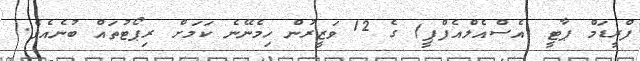
ފްރީޑަމް ޕާޓީ (އެސްއެލްއެފްޕީ) ގެ 12 ވަޒީރުން ހިމެނޭނެ ކަމަށް ރިޕޯޓުތައް ބުނެއެވެ.